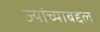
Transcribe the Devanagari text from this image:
ज्यांच्याबद्दल